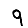
Digit: 9